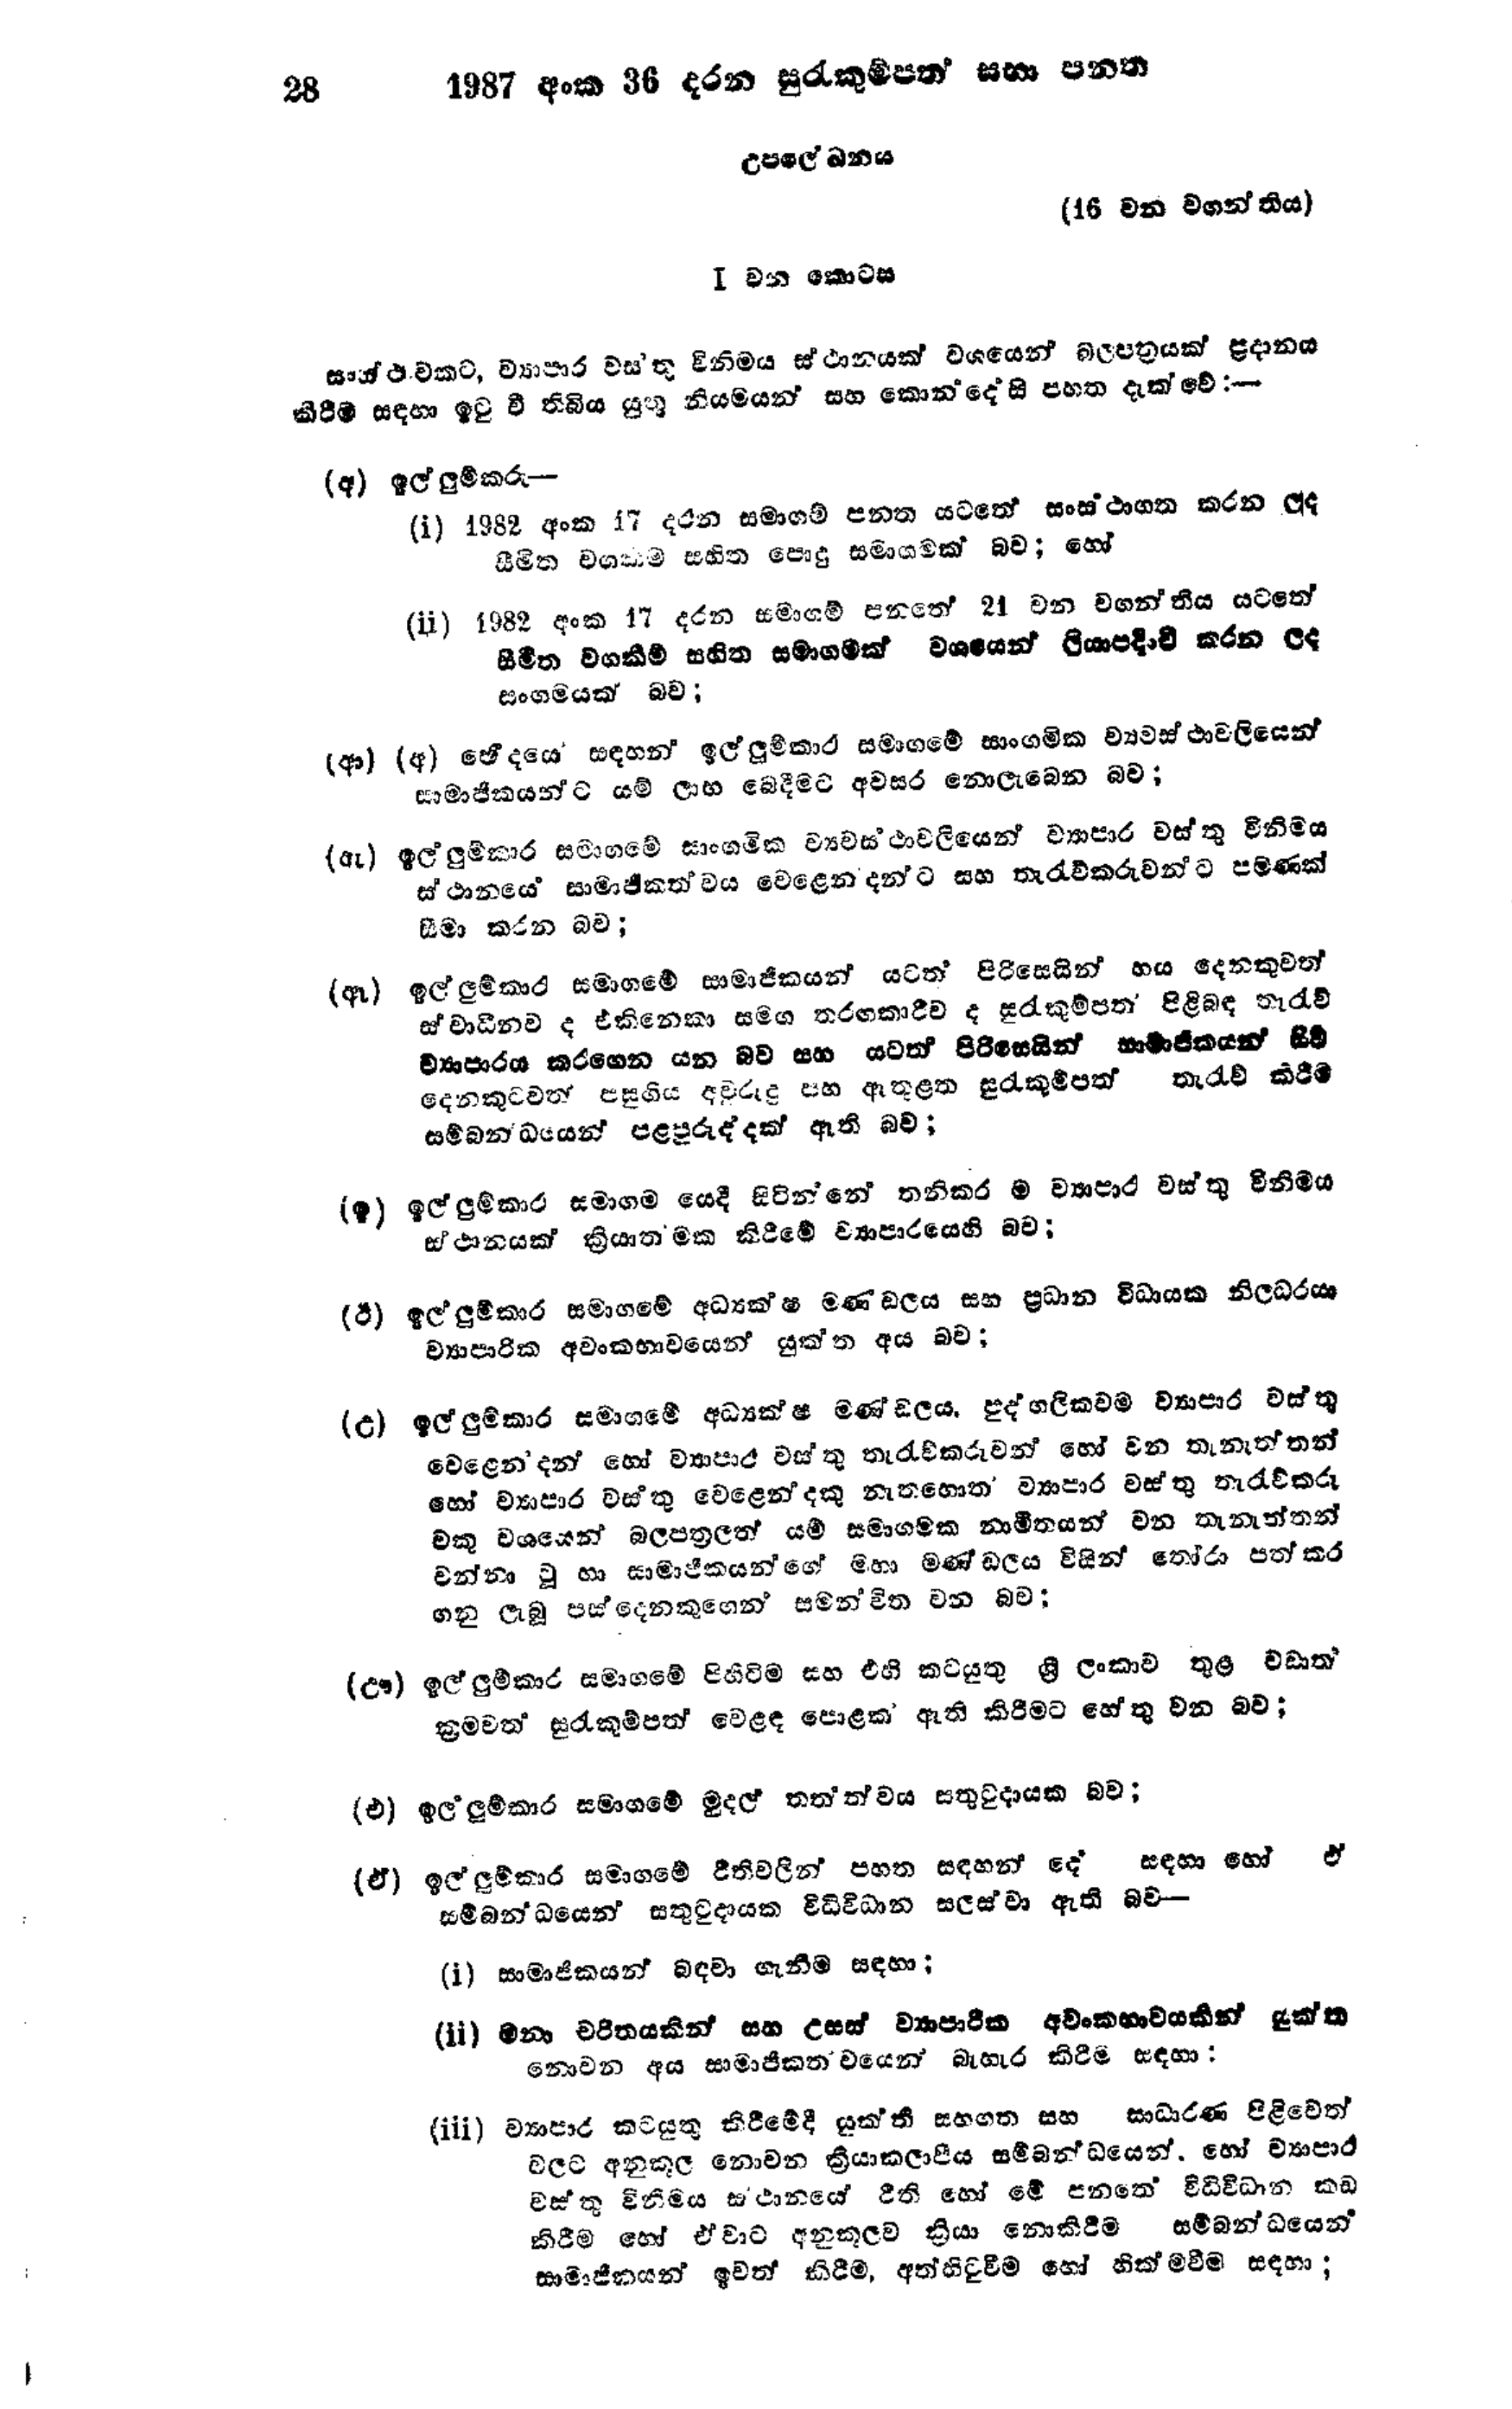
28 1987 අංක 36 දරන සුරැකුම්පත් සභා පනත

උපලේ‍ඛනය

(16 වන වගන්තිය)

Ⅰ වන කොටස

සංස්ථාවකට, ව්‍යාපාර වස්තු විනිමය ස්ථානයක් වශයෙන් බලපත්‍රයක් ප්‍රදානය
කිරීම් සඳහා ඉටු වී තිබිය යුතු නියමයන් සහ කොන්දේසි පහත දැක්වේ:-

(අ) ඉල්ලුම්කරු -

(i) 1982 අංක 17 දරන සමාගම් පනත යටතේ සංස්ථාගත කරන ලද
සීමිත වගකීම සහිත පොදු සමාගමක් බව; හෝ

(ii) 1982 අංක 17 දරන සමාගම් පනතේ 21 වන වගන්තිය යටතේ
සීමිත වගකීම් සහිත සමාගමක් වශයෙන් ලියාපදිංචි කරන ලද
සංගමයක් බව ;

(ආ) (අ) ඡේදයේ සඳහන් ඉල්ලූම්කාර සමාගමේ සාංගමික ව්‍යවස්ථාවලියෙන්
සාමාජිකයන්ට යම් ලාභ බෙදීමට අවසර නොලැබෙන බව;

(ඇ) ඉල්ලුම්කාර සමාගමේ සාංගමික ව්‍යවස්ථාවලියෙන් ව්‍යාපාර වස්තු විනිමය
ස්ථානයේ සාමාජිකත්වය වෙළෙන්දන්ට සහ තැරැව්කරුවන්ට පමණක්
සීමා කරන බව;

(ඈ) ඉල්ලුම්කාර සමාගමේ සාමාජිකයන් යටත් පිරිසෙයින් හය දෙනකුවත්
ස්වාධීනව ද එකිනෙකා සමඟ තරඟකාරීව ද සුරැකුම්පත් පිළිබඳ තැරැව්
ව්‍යාපාරය කරගෙන යන බව සහ යටත් පිරිසෙයින් සාමාජිකයන් සිට
දෙනකුටවත් පසුගිය අවුරුදු පහ ඇතුළත සුරැකුම්පත් තැරැව් කිරීම
සම්බන්ධයෙන් පළපුරුද්දක් ඇති බව;

(ඉ) ඉල්ලුම්කාර සමාගම යෙදී සිටින්නේ තනිකර ම ව්‍යාපාර වස්තු විනිමය
ස්ථානයක් ක්‍රියාත්මක කිරීමේ ව්‍යාපාරයෙහි බව;

(ඊ) ඉල්ලුම්කාර සමාගමේ අධ්‍යක්ෂ මණ්ඩලය සහ ප්‍රධාන විධායක නිලධරයා
ව්‍යාපාරික අවංකභාවයෙන් යුක්ත අය බව ;

(උ) ඉල්ලුම්කාර සමාගමේ අධ්‍යක්ෂ මණ්ඩලය, පුද්ගලිකවම ව්‍යාපාර වස්තු
වෙළෙන්දන් හෝ ව්‍යාපාර වස්තු තැරැව්කරුවන් හෝ වන තැනැත්තන්
හෝ ව්‍යාපාර වස්තු වෙළෙන්දකු නැතහොත් ව්‍යාපාර වස්තු තැරැව්කරු
වකු වශයෙන් බලපත්‍රලත් යම් සමාගමක නාමීතයන් වන තැනැත්තන්
වන්නා වූ හා සාමාජිකයගේ මහා මණ්ඩලය විසින් තෝරා පත්
කර ගනු ලැබූ පස් දෙනකුගෙන් සමන්විත වන බව;

(ඌ) ඉල්ලුම්කාර සමාගමේ පිහිටීම සහ එහි කටයුතු ශ්‍රී ලංකාව තුළ වඩාත්
ක්‍රමවත් සුරැකුම්පත් වෙළඳ පොළක් ඇති කිරීමට හේතු වන බව;

(එ) ඉල්ලුම්කාර සමාගමේ මුදල් තත්ත්වය සතුටුදායක බව;

(ඒ) ඉල්ලුම්කාර සමාගමේ රීතිවලින් පහත සඳහන් දේ සඳහා හෝ ඒ
සම්බන්ධයෙන් සතුටු දායක විධිවිධාන සලස්වා ඇති බව -

(i) සාමාජිකයන් බඳවා ගැනීම සඳහා;

(ii) මනා චරිතයකින් සහ උසස් ව්‍යාපාරික අවංකභාවයකින් යුක්ත
නොවන අය සාමාජිකතවයෙන් බැහැර කිරිම සඳහා:

(iii) ව්‍යාපාර කටයුතු කිරීමේදී යුක්ති සහගත සහ සාධාරණ පිළිවෙත්
වලට අනුකූල නොවන ක්‍රියාකලාපීය සම්බන්ධයෙන් හෝ ව්‍යාපාර
වස්තු විනීමය ස්ථානයේ ‍රීති හෝ මේ පනතේ විධිවිධාන කඩ
කිරීම හෝ ඒවාට අනුකූලව ක්‍රියා නොකිරීම සම්බන්ධයෙන්
සාමාජිකයන් ඉවත් කිරීම, අත්හිටුවීම හෝ හික්මවීම සඳහා;